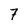
Character: 7